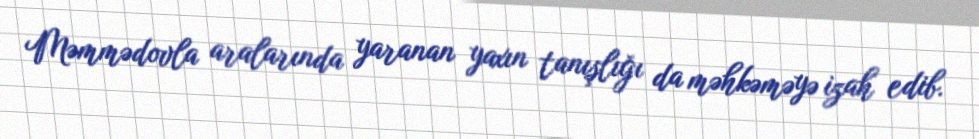
Məmmədovla aralarında yaranan yaxın tanışlığı da məhkəməyə izah edib.